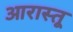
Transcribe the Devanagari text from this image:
आरास्तू